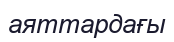
аяттардағы